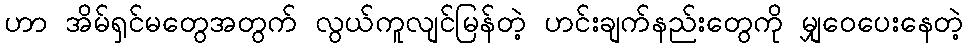
ဟာ အိမ်ရှင်မတွေအတွက် လွယ်ကူလျင်မြန်တဲ့ ဟင်းချက်နည်းတွေကို မျှဝေပေးနေတဲ့